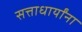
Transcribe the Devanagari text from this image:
सत्ताधार्यांना